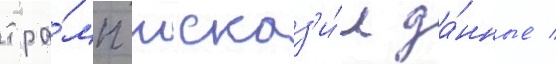
тра́мп исказ'и́л да́нные /